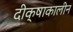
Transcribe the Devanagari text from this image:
दीक्षाकालीन